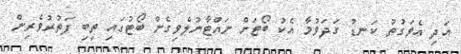
އަދި އެވަގުތު ކަނޑު ގަދަވުމާ އެކު ބޯޓަށް ނައްޓާނުލެވިގެން ބޯޓުގައި ތިބި ފަތުރުވެރިން